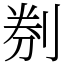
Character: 㓬